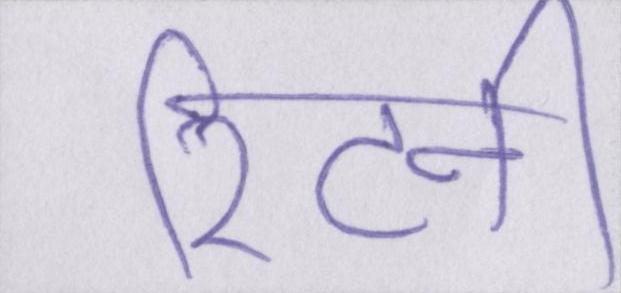
रिटर्न